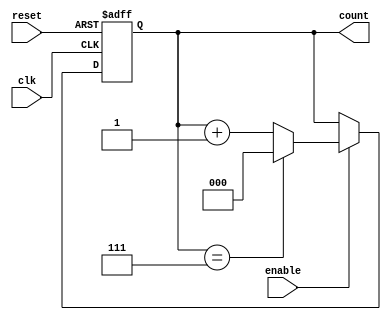
module up_counter_moore (
    input wire clk,          // Clock input
    input wire reset,        // Asynchronous reset
    input wire enable,       // Enable signal
    output reg [2:0] count   // 3-bit output for the count value
);

    // State representation (3-bit counter)
    reg [2:0] current_state;

    // Sequential logic: state transition and output logic
    always @(posedge clk or posedge reset) begin
        if (reset) begin
            current_state <= 3'b000; // Reset to state 0
        end else if (enable) begin
            // Increment count and wrap around if max value reached
            if (current_state == 3'b111) begin
                current_state <= 3'b000; // Wrap around to 0
            end else begin
                current_state <= current_state + 1; // Increment
            end
        end
    end

    // Output logic (Moore machine output)
    always @(current_state) begin
        count <= current_state; // Output is the current state
    end

endmodule